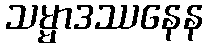
သမ္မာဒဿနေန